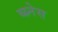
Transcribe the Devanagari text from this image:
ब्य्र्नेस